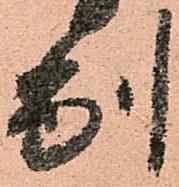
別